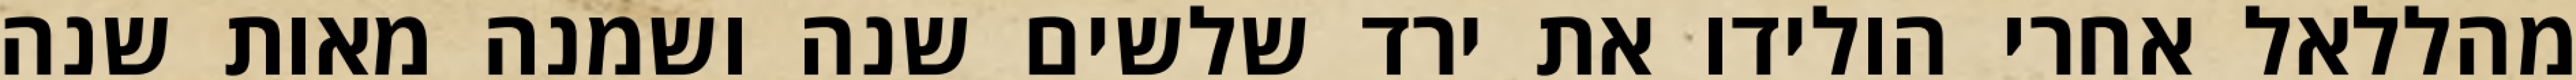
מהללאל אחרי הולידו את ירד שלשים שנה ושמנה מאות שנה